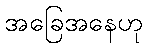
အခြေအနေဟု